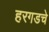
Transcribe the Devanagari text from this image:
हरगडचे